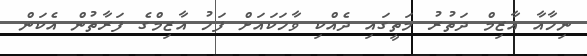
ނިހާއާ އާޒިމް ދަތުރު މަތީގައި ދެއްކި ވާހަކައަށް ފަހު އާޒިމްގެ ފަރާތުން އެކަން